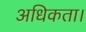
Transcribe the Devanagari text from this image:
अधिकता।